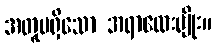
အတူမရှိသော အရာလေးမျိုး။